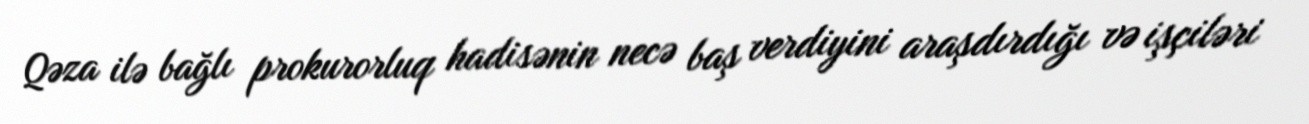
Qəza ilə bağlı prokurorluq hadisənin necə baş verdiyini araşdırdığı və işçiləri